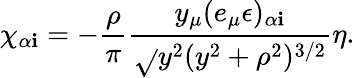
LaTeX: \chi_{\alpha\mathbf{i}}=-\frac{{\rho}}{{\pi}}\frac{{y_{\mu}(e_{\mu}\epsilon)_{\alpha\mathbf{i}}}}{{\sqrt{}{{y^{2}}}(y^{2}+\rho^{2})^{3/2}}}\eta.